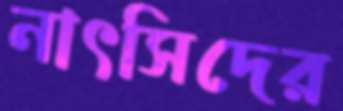
নাৎসিদের